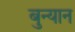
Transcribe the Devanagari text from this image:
बुन्यान